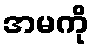
အမကို